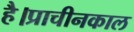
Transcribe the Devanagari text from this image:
है।प्राचीनकाल